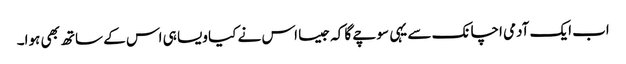
اب ایک آدمی اچانک سے یہی سوچے گا کہ جیسا اس نے کیا ویسا ہی اس کے ساتھ بھی ہوا۔